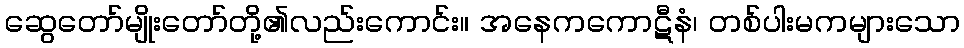
ဆွေတော်မျိုးတော်တို့၏လည်းကောင်း။ အနေကကောဋီနံ၊ တစ်ပါးမကများသော